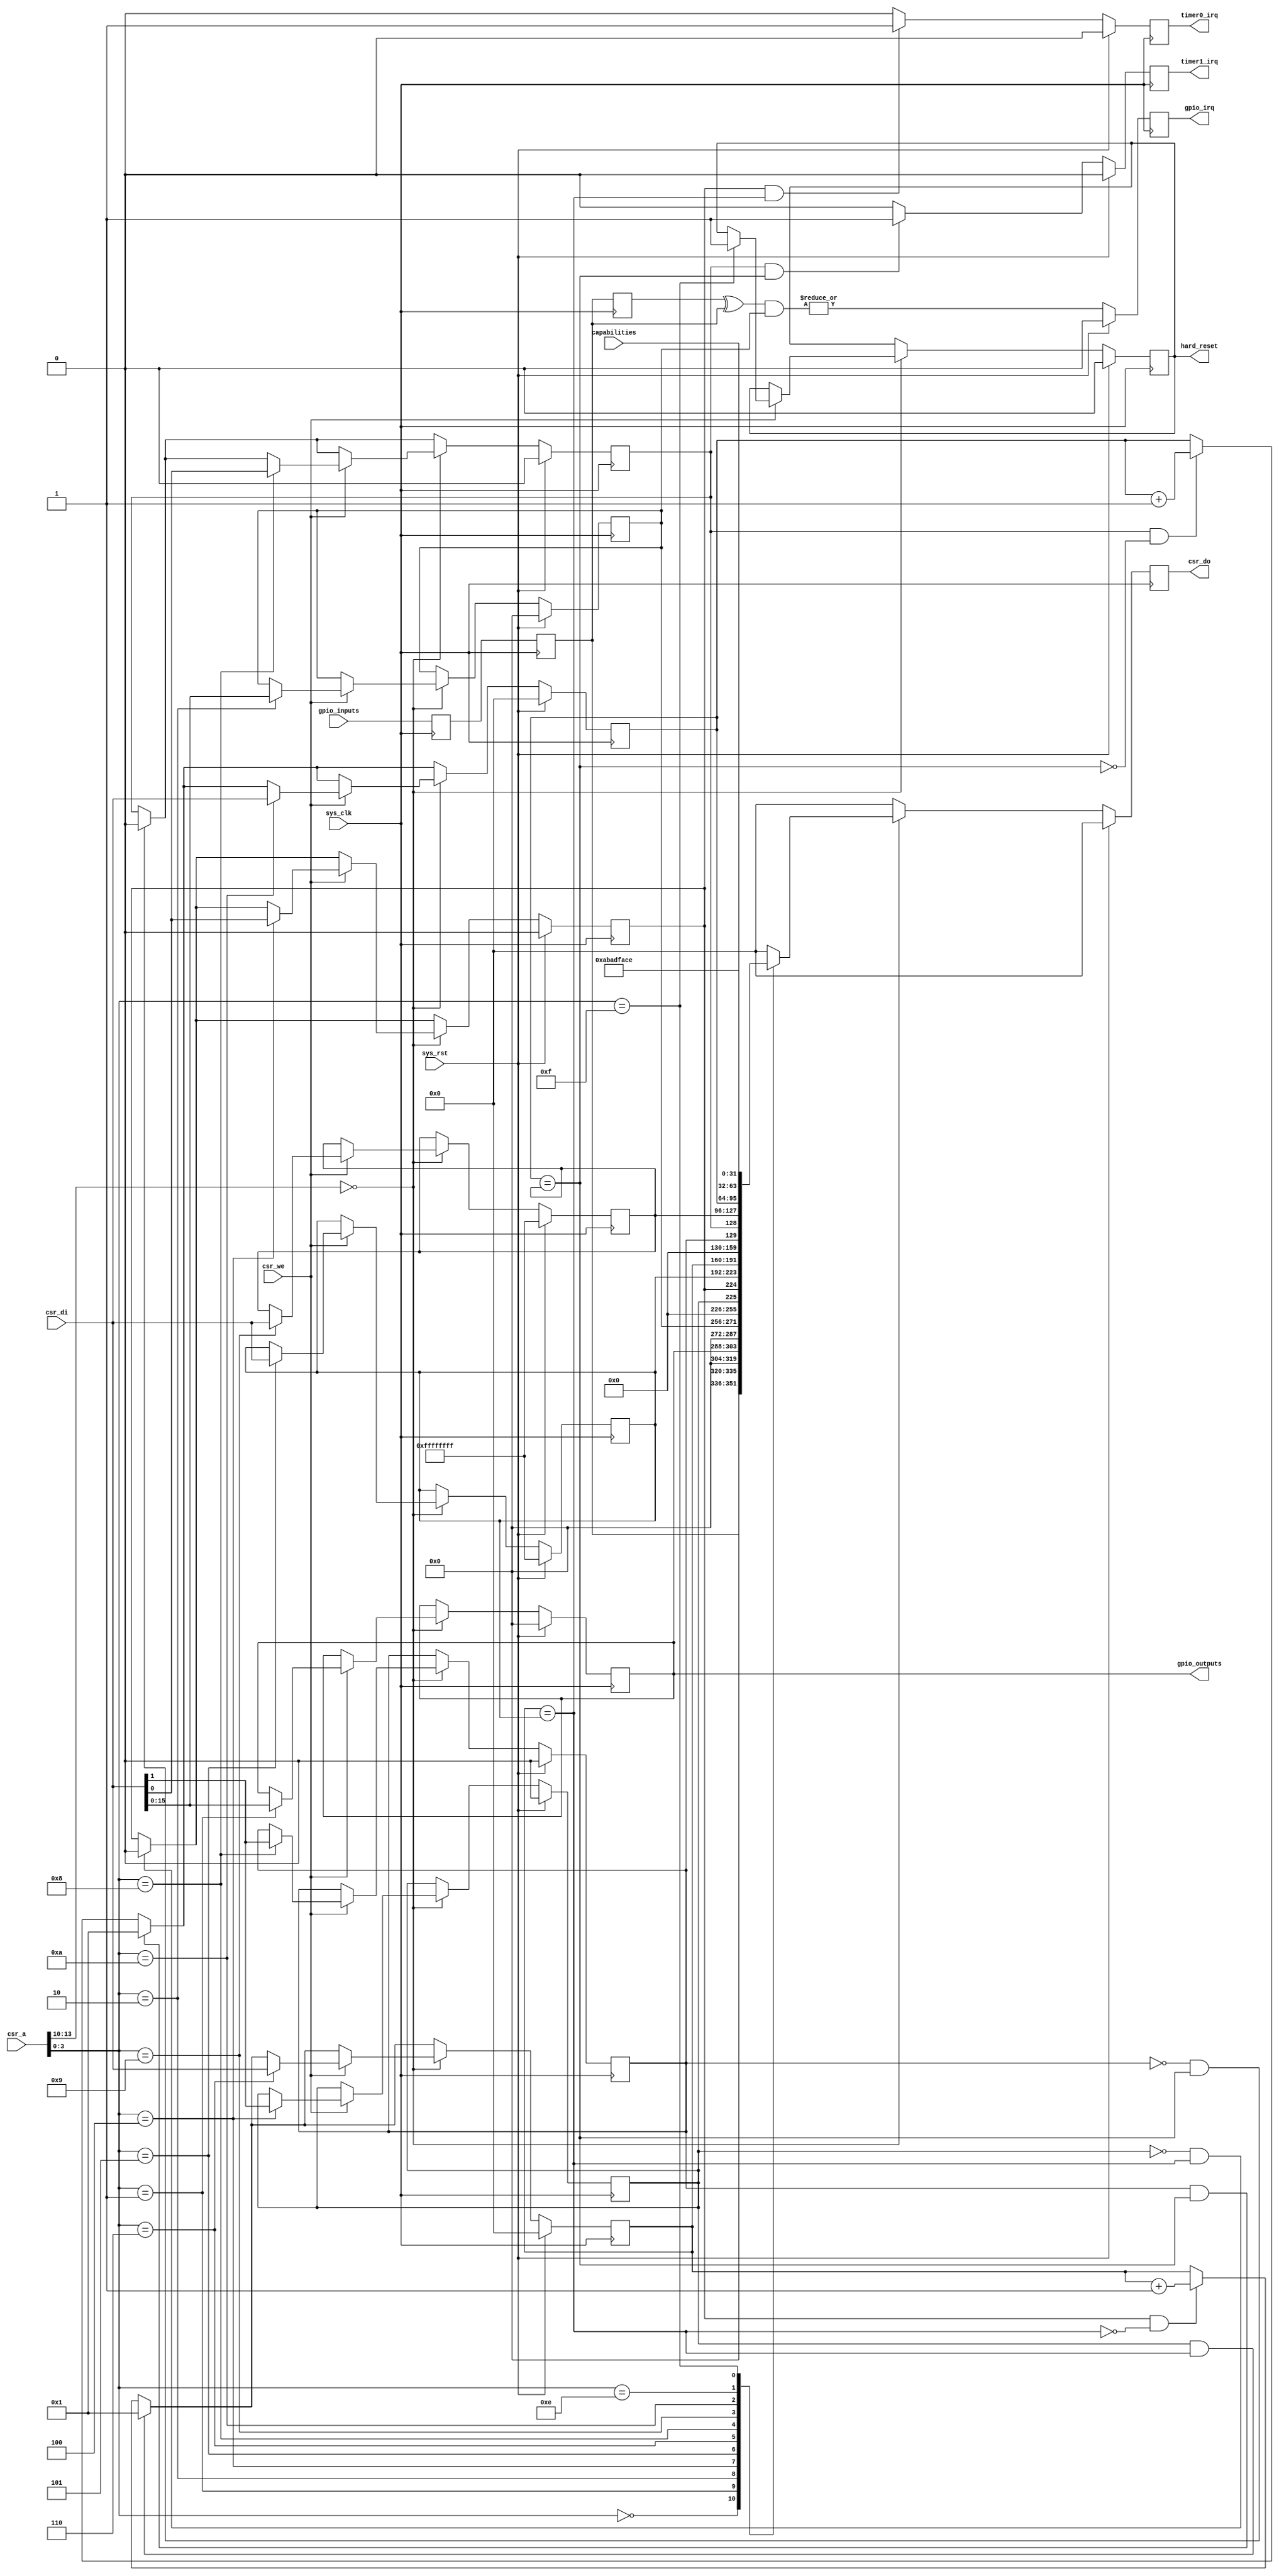
module sysctl #(
	parameter csr_addr = 4'h0,
	parameter ninputs = 16,
	parameter noutputs = 16,
	parameter systemid = 32'habadface
) (
	input sys_clk,
	input sys_rst,
	output reg gpio_irq,
	output reg timer0_irq,
	output reg timer1_irq,
	input [13:0] csr_a,
	input csr_we,
	input [31:0] csr_di,
	output reg [31:0] csr_do,
	input [ninputs-1:0] gpio_inputs,
	output reg [noutputs-1:0] gpio_outputs,
	input [31:0] capabilities,
	output reg hard_reset
);
reg [ninputs-1:0] gpio_in0;
reg [ninputs-1:0] gpio_in;
always @(posedge sys_clk) begin
	gpio_in0 <= gpio_inputs;
	gpio_in <= gpio_in0;
end
reg [ninputs-1:0] gpio_inbefore;
always @(posedge sys_clk) gpio_inbefore <= gpio_in;
wire [ninputs-1:0] gpio_diff = gpio_inbefore ^ gpio_in;
reg [ninputs-1:0] gpio_irqen;
always @(posedge sys_clk) begin
	if(sys_rst)
		gpio_irq <= 1'b0;
	else
		gpio_irq <= |(gpio_diff & gpio_irqen);
end
reg en0, en1;
reg ar0, ar1;
reg [31:0] counter0, counter1;
reg [31:0] compare0, compare1;
wire match0 = (counter0 == compare0);
wire match1 = (counter1 == compare1);
wire csr_selected = csr_a[13:10] == csr_addr;
always @(posedge sys_clk) begin
	if(sys_rst) begin
		csr_do <= 32'd0;
		timer0_irq <= 1'b0;
		timer1_irq <= 1'b0;
		gpio_outputs <= {noutputs{1'b0}};
		gpio_irqen <= {ninputs{1'b0}};
		en0 <= 1'b0;
		en1 <= 1'b0;
		ar0 <= 1'b0;
		ar1 <= 1'b0;
		counter0 <= 32'd0;
		counter1 <= 32'd0;
		compare0 <= 32'hFFFFFFFF;
		compare1 <= 32'hFFFFFFFF;
		hard_reset <= 1'b0;
	end else begin
		timer0_irq <= 1'b0;
		timer1_irq <= 1'b0;
		if( en0 & ~match0) counter0 <= counter0 + 32'd1;
		if( en0 &  match0) timer0_irq <= 1'b1;
		if( ar0 &  match0) counter0 <= 32'd1;
		if(~ar0 &  match0) en0 <= 1'b0;
		if( en1 & ~match1) counter1 <= counter1 + 32'd1;
		if( en1 &  match1) timer1_irq <= 1'b1;
		if( ar1 &  match1) counter1 <= 32'd1;
		if(~ar1 &  match1) en1 <= 1'b0;
		csr_do <= 32'd0;
		if(csr_selected) begin
			if(csr_we) begin
				case(csr_a[3:0])
					4'b0001: gpio_outputs <= csr_di[noutputs-1:0];
					4'b0010: gpio_irqen <= csr_di[ninputs-1:0];
					4'b0100: begin
						en0 <= csr_di[0];
						ar0 <= csr_di[1];
					end
					4'b0101: compare0 <= csr_di;
					4'b0110: counter0 <= csr_di;
					4'b1000: begin
						en1 <= csr_di[0];
						ar1 <= csr_di[1];
					end
					4'b1001: compare1 <= csr_di;
					4'b1010: counter1 <= csr_di;
					4'b1111: hard_reset <= 1'b1;
				endcase
			end
			case(csr_a[3:0])
				4'b0000: csr_do <= gpio_in;
				4'b0001: csr_do <= gpio_outputs;
				4'b0010: csr_do <= gpio_irqen;
				4'b0100: csr_do <= {ar0, en0};
				4'b0101: csr_do <= compare0;
				4'b0110: csr_do <= counter0;
				4'b1000: csr_do <= {ar1, en1};
				4'b1001: csr_do <= compare1;
				4'b1010: csr_do <= counter1;
				4'b1110: csr_do <= capabilities;
				4'b1111: csr_do <= systemid;
			endcase
		end
	end
end
endmodule